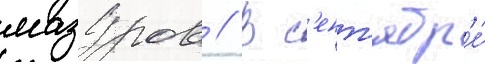
мазуров // В с'ент'ябр'е́